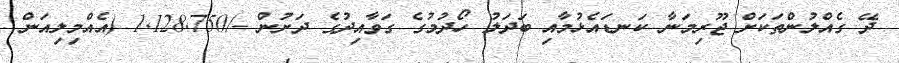
ދޭ ގެއްލުންތަކަށް ޖޫރިމަނާ ކަނޑައެޅުމާއި ބަދަލު ހޯދުމުގެ ގަވާއިދުގެ ދަށުން -/1